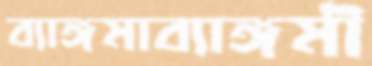
ব্যাঙ্গমাব্যাঙ্গমী